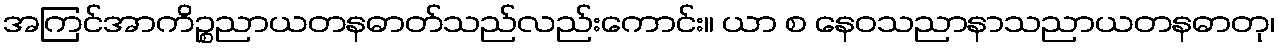
အကြင်အာကိဉ္စညာယတနဓာတ်သည်လည်းကောင်း။ ယာ စ နေဝသညာနာသညာယတနဓာတု၊